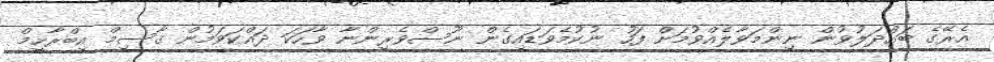
އެރޭގެ ބައްދަލުވުން ނިންމަވާލެއްވުމަށް ފަހު ނުކުމެވަޑައިގެން ނޫސްވެރިންނާ ވާހަކަ ދައްކަވަމުން ޤާސިމް އިބްރާހީމް